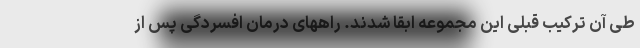
طی آن ترکیب قبلی این مجموعه ابقا شدند. راههای درمان افسردگی پس از